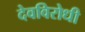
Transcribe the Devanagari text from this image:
देवविरोधी